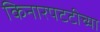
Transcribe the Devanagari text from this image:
किनारपटटीच्या